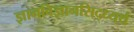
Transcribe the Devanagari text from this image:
ज्ञानविज्ञानसिद्ध्यर्थं